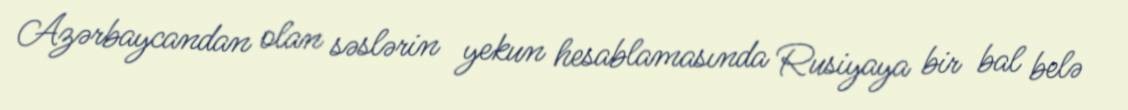
Azərbaycandan olan səslərin yekun hesablamasında Rusiyaya bir bal belə